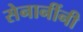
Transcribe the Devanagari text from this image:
सेनानींनी